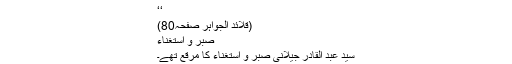
‘‘
(قلائد الجواہر صفحہ80)
صبر و استغناء
سید عبد القادر جیلانی صبر و استغناء کا مرقع تھے۔